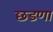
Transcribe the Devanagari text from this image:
छडणा